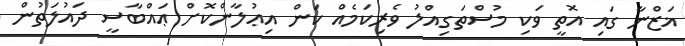
ޣަޒްނާ ގައި އޮތީ ވަކި މުސްތަގިއްލު ވެރިކަމެއް ކަން އިޢުލާންކޮށް ޢައްބާސީ ދައުލަތުން